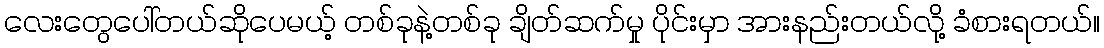
လေးတွေပေါ်တယ်ဆိုပေမယ့် တစ်ခုနဲ့တစ်ခု ချိတ်ဆက်မှု ပိုင်းမှာ အားနည်းတယ်လို့ ခံစားရတယ်။